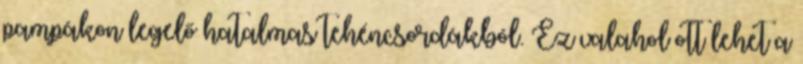
pampákon legelő hatalmas tehéncsordákból. Ez valahol ott lehet a